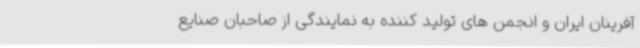
آفرینان ایران و انجمن های تولید کننده به نمایندگی از صاحبان صنایع